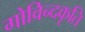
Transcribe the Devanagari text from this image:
गोविन्दकृति